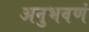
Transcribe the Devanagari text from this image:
अनुभवणं